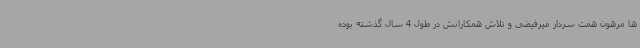
ها مرهون همت سردار میرفیضی و تلاش همکارانش در طول 4 سال گذشته بوده